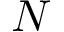
N